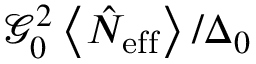
\mathcal { G } _ { 0 } ^ { 2 } \left\langle \hat { N } _ { \mathrm { e f f } } \right\rangle / \Delta _ { 0 }